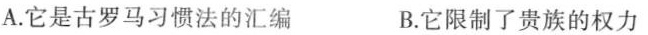
A.它是古罗马习惯法的汇编 B.它限制了贵族的权力